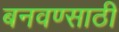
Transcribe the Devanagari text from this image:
बनवण्साठी